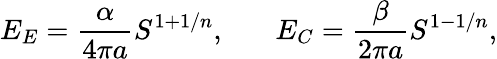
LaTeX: E_{E}={\frac{\alpha}{4\pi a}}S^{1+1/n},\ \ \ \ \ \ \ E_{C}={\frac{\beta}{2\pi a}}S^{1-1/n},